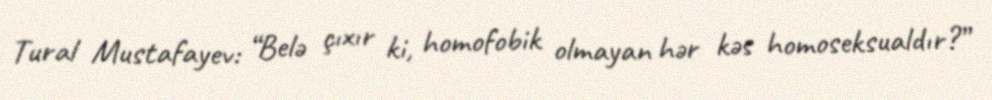
Tural Mustafayev: “Belə çıxır ki, homofobik olmayan hər kəs homoseksualdır?”